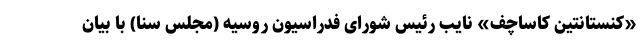
«کنستانتین کاساچف» نایب رئیس شورای فدراسیون روسیه (مجلس سنا) با بیان